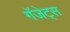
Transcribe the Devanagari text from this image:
गॅजेट्स